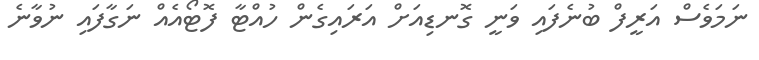
ނަމަވެސް އަރީފް ބުނެފައި ވަނީ ގޮނޑިއަށް އަރައިގެން ހުއްޓާ ފޮޓޯއެއް ނަގާފައި ނުވާނެ